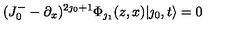
( J _ { 0 } ^ { - } - \partial _ { x } ) ^ { 2 \jmath _ { 0 } + 1 } \Phi _ { \jmath _ { 1 } } ( z , x ) | \jmath _ { 0 } , t \rangle = 0